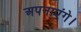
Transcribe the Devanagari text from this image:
अपनाएंगे।